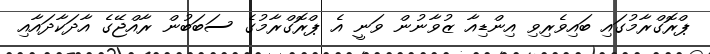
ޕްރޮގްރާމުގައި ބައިވެރިވި އިންޑިއާ ޒުވާނުން ވަނީ އެ ޕްރޮގްރާމުގެ ސަބަބުން ރާއްޖޭގެ އާދަކާދައާއި